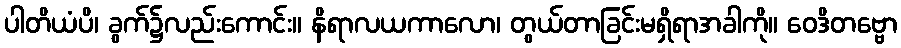
ပါတိယံပိ၊ ခွက်၌လည်းကောင်း။ နိရာလယကာလော၊ တွယ်တာခြင်းမရှိရာအခါကို။ ဝေဒိတဗ္ဗော